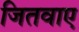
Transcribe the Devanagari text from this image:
जितवाए